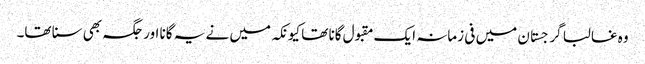
وہ غالبا گرجستان میں فی زمانہ ایک مقبول گانا تھا کیونکہ میں نے یہ گانا اور جگہ بھی سنا تھا۔